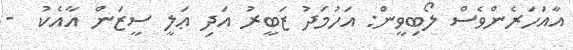
އާއަހަރެންވެސް ލޯބިވީން: އަހުމަދު ޒަބީރު އަދި ޢަލީ ސީޒަން އާއެކު  -